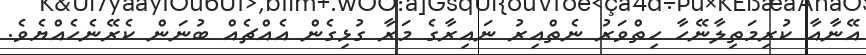
އޭނާއާ ކުރިމަތިލާނޭހާ ހިތްވަރު ނެތްއިރު ނައިރާގެ މަރާ ގުޅިގެން އެއްޗެއް ބުނަން ކެރޭނެހެއްޔެވެ.